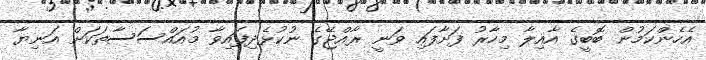
އެހެންކަމުން ބޮބީގެ އާއިލާ މިހާރު ފަށާފައި ވަނީ ރާއްޖޭގެ ނުކުޅެދިފައިވާ މުއައްސަސާތަކަށް އަނިޔާ